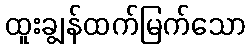
ထူးချွန်ထက်မြက်သော